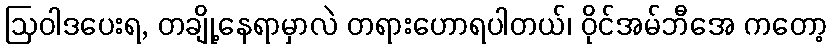
ဩဝါဒပေးရ, တချို့နေရာမှာလဲ တရားဟောရပါတယ်၊ ဝိုင်အမ်ဘီအေ ကတော့